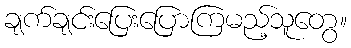
ချက်ချင်းပြေးပြောကြမည့်သူတွေ။